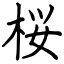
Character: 桜